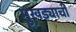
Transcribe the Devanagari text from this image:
मुखड्याची